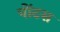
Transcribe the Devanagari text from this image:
पोंटस